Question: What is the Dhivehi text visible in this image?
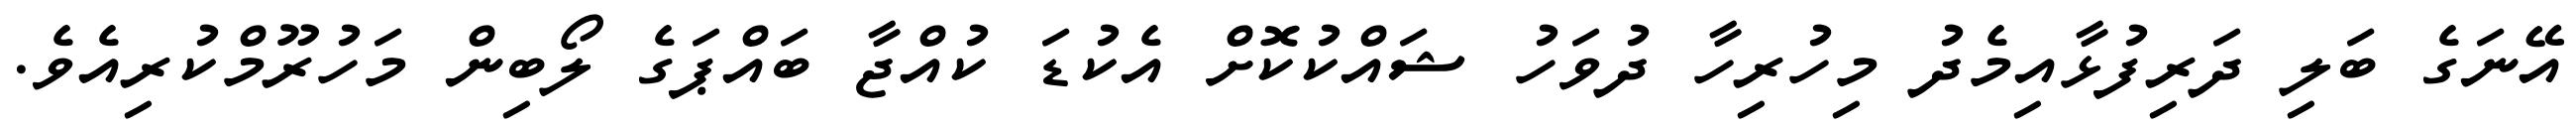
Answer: އޭނަގެ ބަލި ދަރިފުޅާއިމެދު މިހުރިހާ ދުވަހު ޝައްކުކޮށް އެކުޑަ ކުއްޖާ ބައްޕަގެ ލޯބިން މަހުރޫމްކުރިއެވެ.